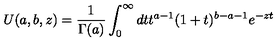
U ( a , b , z ) = \frac { 1 } { \Gamma ( a ) } \int _ { 0 } ^ { \infty } d t t ^ { a - 1 } ( 1 + t ) ^ { b - a - 1 } e ^ { - z t }